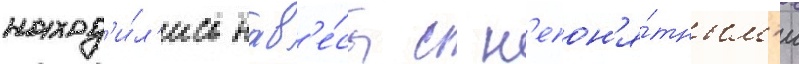
наход'и́л'ись нав'е́сы с н'епон'я́тным'и